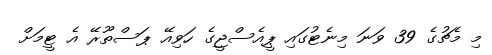
މި މެޗުގެ 39 ވަނަ މިނެޓުގައި ޕީއެސްޖީގެ ހަވިއޭ ޕަސްތޫރޭ އެ ޓީމަށް